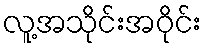
လူ့အသိုင်းအဝိုင်း